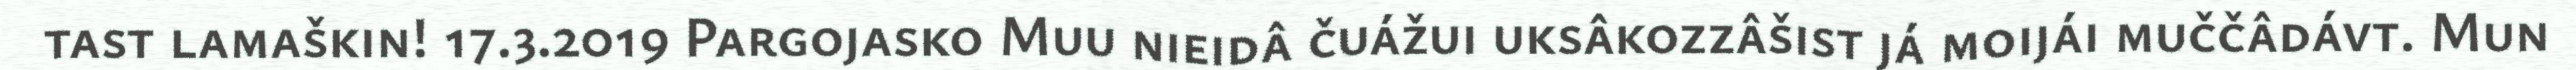
tast lamaškin! 17.3.2019 Pargojasko Muu nieidâ čuážui uksâkozzâšist já moijái muččâdávt. Mun